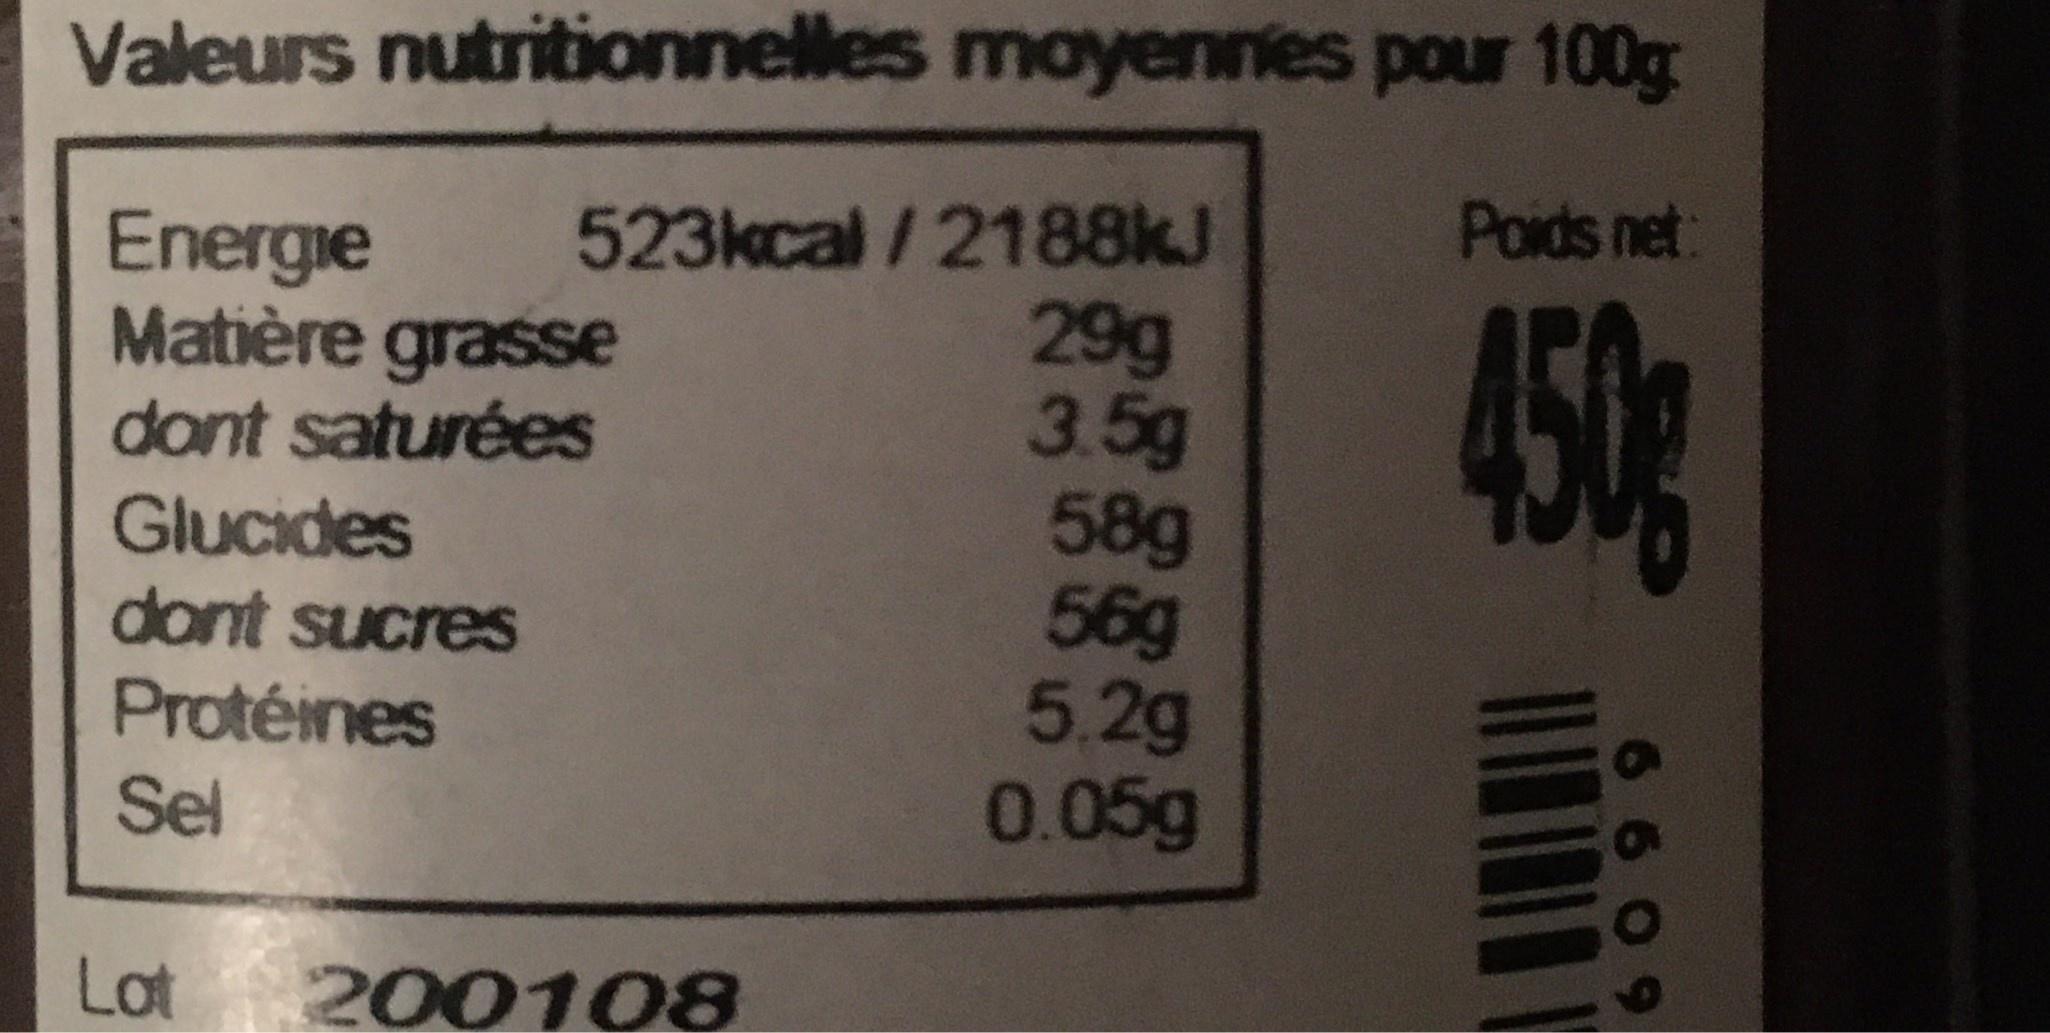
Valeurs nutritionnelles moyennies pour 100g Poids net: 523kcal /2188KJ 29g 3.5g 58g 56g 5.2g 0.05g Energie Matière grasse dont saturées 450g Glucides dont sucres Protéines Sel Lat 200108 6609